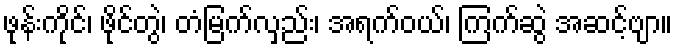
ဖုန်းကိုင်၊ ဖိုင်တွဲ၊ တံမြက်လှည်း၊ အရက်ဝယ်၊ ကြက်ဆွဲ အဆင့်ဗျာ။